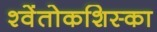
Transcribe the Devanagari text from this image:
श्वेंतोकशिस्का